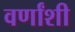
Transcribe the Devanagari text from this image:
वर्णांशी